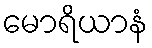
မောရိယာနံ